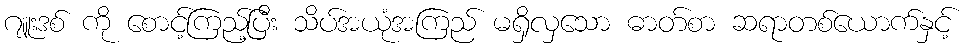
ဂျူးဒစ် ကို စောင့်ကြည့်ပြီး သိပ်အယုံအကြည် မရှိလှသော ဓာတ်စာ ဆရာတစ်ယောက်နှင့်